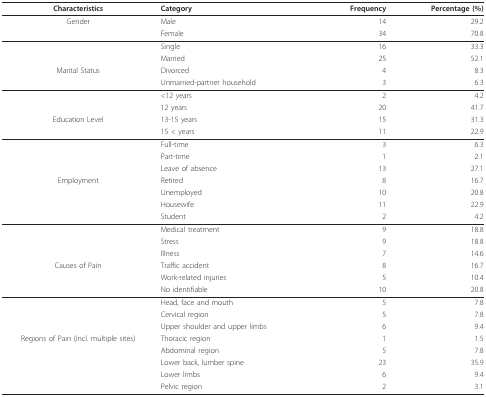
<table><thead><tr><td><b>Characteristics</b></td><td><b>Category</b></td><td><b>Frequency</b></td><td><b>Percentage (%)</b></td></tr></thead><tbody><tr><td>Gender</td><td>Male</td><td>14</td><td>29.2</td></tr><tr><td></td><td>Female</td><td>34</td><td>70.8</td></tr><tr><td></td><td>Single</td><td>16</td><td>33.3</td></tr><tr><td></td><td>Married</td><td>25</td><td>52.1</td></tr><tr><td>Marital Status</td><td>Divorced</td><td>4</td><td>8.3</td></tr><tr><td></td><td>Unmarried-partner household</td><td>3</td><td>6.3</td></tr><tr><td></td><td>&lt;12 years</td><td>2</td><td>4.2</td></tr><tr><td></td><td>12 years</td><td>20</td><td>41.7</td></tr><tr><td>Education Level</td><td>13-15 years</td><td>15</td><td>31.3</td></tr><tr><td></td><td>15 &lt; years</td><td>11</td><td>22.9</td></tr><tr><td></td><td>Full-time</td><td>3</td><td>6.3</td></tr><tr><td></td><td>Part-time</td><td>1</td><td>2.1</td></tr><tr><td></td><td>Leave of absence</td><td>13</td><td>27.1</td></tr><tr><td>Employment</td><td>Retired</td><td>8</td><td>16.7</td></tr><tr><td></td><td>Unemployed</td><td>10</td><td>20.8</td></tr><tr><td></td><td>Housewife</td><td>11</td><td>22.9</td></tr><tr><td></td><td>Student</td><td>2</td><td>4.2</td></tr><tr><td></td><td>Medical treatment</td><td>9</td><td>18.8</td></tr><tr><td></td><td>Stress</td><td>9</td><td>18.8</td></tr><tr><td></td><td>Illness</td><td>7</td><td>14.6</td></tr><tr><td>Causes of Pain</td><td>Traffic accident</td><td>8</td><td>16.7</td></tr><tr><td></td><td>Work-related injuries</td><td>5</td><td>10.4</td></tr><tr><td></td><td>No identifiable</td><td>10</td><td>20.8</td></tr><tr><td></td><td>Head, face and mouth</td><td>5</td><td>7.8</td></tr><tr><td></td><td>Cervical region</td><td>5</td><td>7.8</td></tr><tr><td></td><td>Upper shoulder and upper limbs</td><td>6</td><td>9.4</td></tr><tr><td>Regions of Pain (incl. multiple sites)</td><td>Thoracic region</td><td>1</td><td>1.5</td></tr><tr><td></td><td>Abdominal region</td><td>5</td><td>7.8</td></tr><tr><td></td><td>Lower back, lumber spine</td><td>23</td><td>35.9</td></tr><tr><td></td><td>Lower limbs</td><td>6</td><td>9.4</td></tr><tr><td></td><td>Pelvic region</td><td>2</td><td>3.1</td></tr></tbody></table>